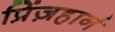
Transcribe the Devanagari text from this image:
प्रिंज़हार्न